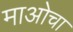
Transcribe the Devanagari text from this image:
माओचा